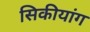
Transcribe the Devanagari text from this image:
सिकीयांग